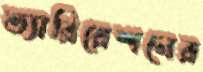
ভ্যারিয়েশনের